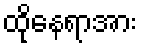
ထိုနေရာအား